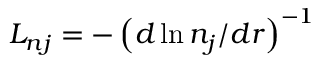
L _ { n j } = - \left( d \ln n _ { j } / d r \right) ^ { - 1 }